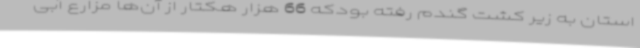
استان به زیر کشت گندم رفته بودکه 66 هزار هکتار از آن‌ها مزارع آبی